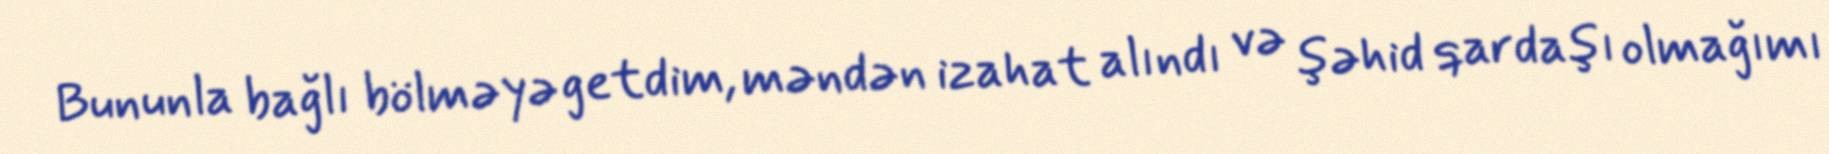
Bununla bağlı bölməyə getdim, məndən izahat alındı və şəhid qardaşı olmağımı